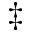
\ddagger